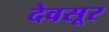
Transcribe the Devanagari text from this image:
देवसूर